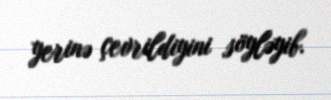
yerinə çevrildiyini söyləyib.